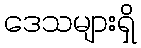
ဒေသများရှိ